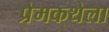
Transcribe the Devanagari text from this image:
प्रेमकथेला